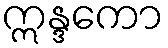
ဣန္ဒကော